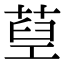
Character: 𦵐